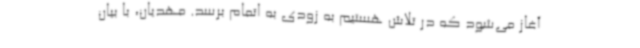
آغاز می‌شود که در تلاش هستیم به زودی به اتمام برسد. مهدیان، با بیان